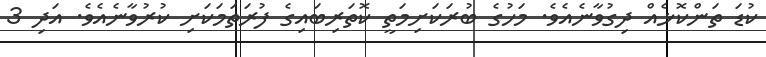
ކުޑަ ތަންކޮޅެއް ދިގުވާނެއެވެ. މަހުގެ ބުރަކަށިމަތީ ކޮތަރިބައިގެ ފުރަތަމަކަށި ކުރުވާނެއެވެ. އަދި 3